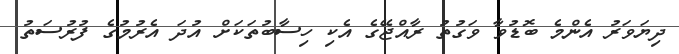
ދިޔަވަރު އެންމެ ބޮޑުވާ ވަގުތު ރާއްޖޭގެ އެކި ހިސާބުތަކަށް އުދަ އެރުމުގެ ފުރުސަތު